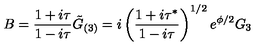
B = \frac { 1 + i \tau } { 1 - i \tau } \tilde { G } _ { ( 3 ) } = i \left( \frac { 1 + i \tau ^ { * } } { 1 - i \tau } \right) ^ { 1 / 2 } e ^ { \phi / 2 } G _ { 3 }